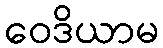
ဝေဒိယာမ